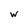
Character: w